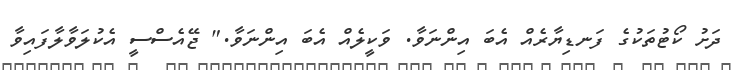
ދަށު ކޯޓުތަކުގެ ފަނޑިޔާރެއް އެބަ އިންނަވާ. ވަކީލެއް އެބަ އިންނަވާ." ޖޭއެސްސީ އެކުލަވާލާފައިވާ